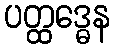
ပတ္ထဒ္ဓေန